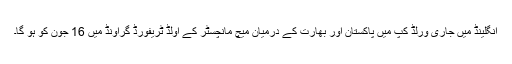
انگلینڈ میں جاری ورلڈ کپ میں پاکستان اور بھارت کے درمیان میچ مانچسٹر کے اولڈ ٹریفورڈ گراؤنڈ میں 16 جون کو ہو گا۔